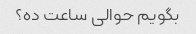
بگویم حوالی ساعت ده؟